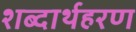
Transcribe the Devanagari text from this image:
शब्दार्थहरण